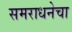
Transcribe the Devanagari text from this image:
समराधनेचा